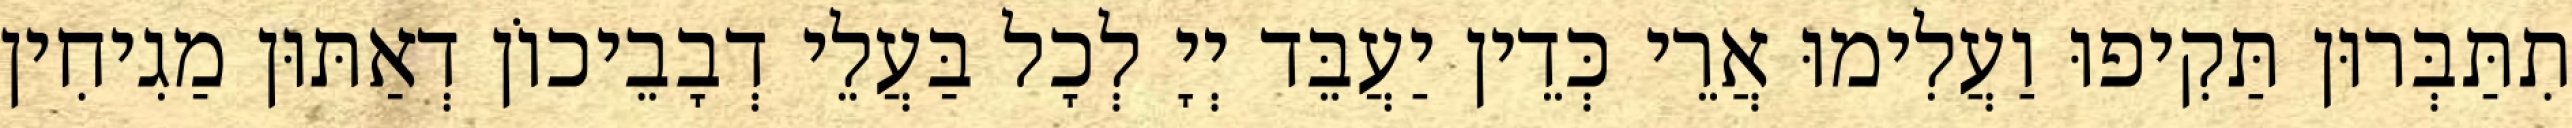
תִתַּבְּרוּן תַּקִיפוּ וַעֲלִימוּ אֲרֵי כְּדֵין יַעֲבֵּד יְיָ לְכָל בַּעֲלֵי דְבָבֵיכוֹן דְאַתּוּן מַגִיחִין